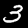
Label: 3